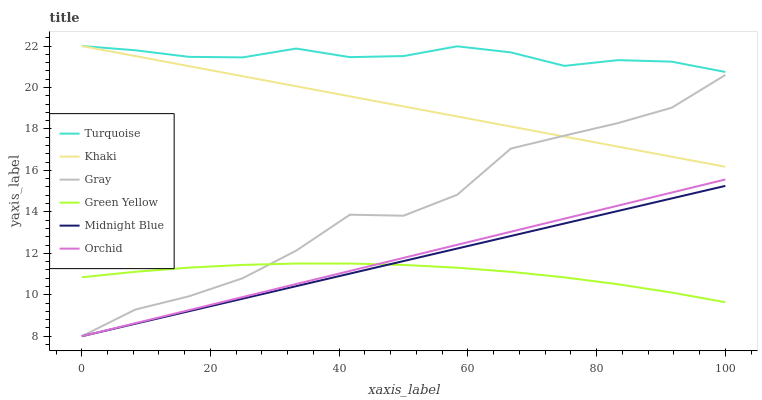
| xaxis_label | Turquoise | Khaki | Gray | Green Yellow | Midnight Blue | Orchid |
 | --- | --- | --- | --- | --- | --- | --- |
 | 0 | 22 | 22 | 8 | 10.8 | 8 | 8 |
 | 8.33 | 21.8 | 21.5 | 9.29 | 11.1 | 8.6 | 8.63 |
 | 16.7 | 21.5 | 21 | 9.93 | 11.3 | 9.21 | 9.26 |
 | 25 | 21.5 | 20.5 | 10.8 | 11.4 | 9.81 | 9.89 |
 | 33.3 | 21.9 | 20.1 | 12.1 | 11.5 | 10.4 | 10.5 |
 | 41.7 | 21.5 | 19.6 | 13.9 | 11.5 | 11 | 11.2 |
 | 50 | 21.5 | 19.1 | 13.8 | 11.4 | 11.6 | 11.8 |
 | 58.3 | 22 | 18.6 | 14.8 | 11.3 | 12.2 | 12.4 |
 | 66.7 | 21.7 | 18.1 | 17.1 | 11.1 | 12.8 | 13 |
 | 75 | 21 | 17.6 | 17.7 | 10.8 | 13.4 | 13.7 |
 | 83.3 | 21.3 | 17.1 | 18.3 | 10.5 | 14 | 14.3 |
 | 91.7 | 21.2 | 16.7 | 19 | 10.1 | 14.6 | 14.9 |
 | 100 | 20.7 | 16.2 | 20.6 | 9.64 | 15.3 | 15.6 |